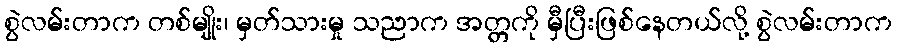
စွဲလမ်းတာက တစ်မျိုး၊ မှတ်သားမှု သညာက အတ္တကို မှီပြီးဖြစ်နေတယ်လို့ စွဲလမ်းတာက